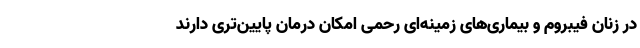
در زنان فیبروم و بیماری‌های زمینه‌ای رحمی امکان درمان پایین‌تری دارند